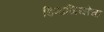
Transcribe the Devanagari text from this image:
डिमाजियोचा